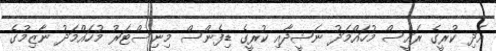
އަދި ކުރީގެ ރައީސް މުހައްމަދު ނަޝީދާއި ކުރީގެ ޑިފެންސް މިނިސްޓަރު މުހައްމަދު ނާޒިމުގެ